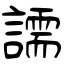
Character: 譳